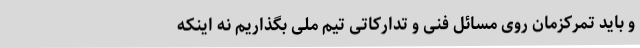
و باید تمرکزمان روی مسائل فنی و تدارکاتی تیم ملی بگذاریم نه اینکه